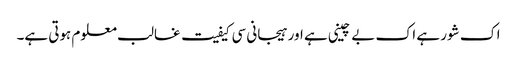
اک شور ہے اک بے چینی ہے اور ہیجانی سی کیفیت غالب معلوم ہوتی ہے۔